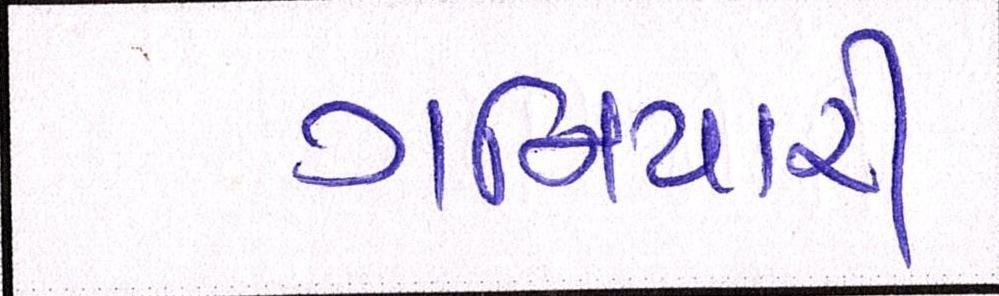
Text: ગનિયારી